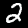
Label: 2